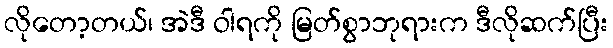
လိုတော့တယ်၊ အဲဒီ ဝါရကို မြတ်စွာဘုရားက ဒီလိုဆက်ပြီး